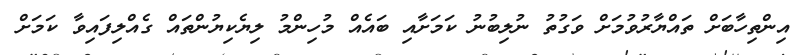
އިންތިހާބަށް ތައްޔާރުވުމަށް ވަގުތު ނުލިބުނު ކަމަށާއި ބައެއް މުހިންމު ލިޔެކިޔުންތައް ގެއްލިފައިވާ ކަމަށް